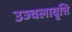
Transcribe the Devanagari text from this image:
उज्वलावृत्ति